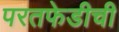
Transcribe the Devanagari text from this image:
परतफेडीची